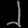
Digit: ၂